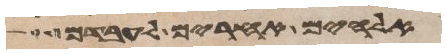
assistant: אלהים אחרים לעבדם